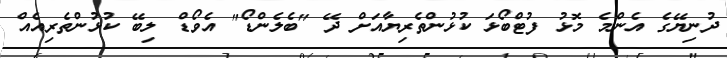
ދުނިޔޭގެ އެންމެ މޮޅު ފުޓްބޯޅަ ކުޅުންތެރިޔާއަށް ދޭ "ބެލެންޑޯ" އެވޯޑް ލިބޭ ކުޅުންތެރިއެއް